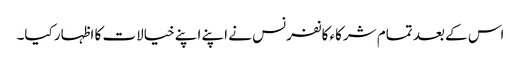
اس کے بعد تمام شرکاء کانفرنس نے اپنے اپنے خیالات کا اظہار کیا۔